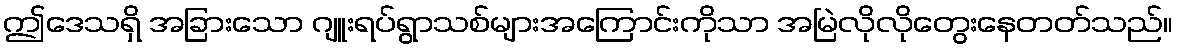
ဤဒေသရှိ အခြားသော ဂျူးရပ်ရွာသစ်များအကြောင်းကိုသာ အမြဲလိုလိုတွေးနေတတ်သည်။